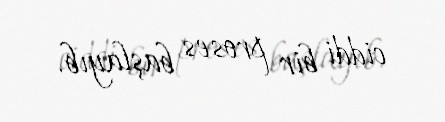
ciddi bir proses başlayıb.